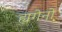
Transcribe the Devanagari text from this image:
ह्यगेनो